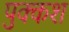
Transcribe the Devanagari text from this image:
पुक्कश